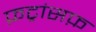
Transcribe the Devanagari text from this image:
फ़ट्रांसफ़